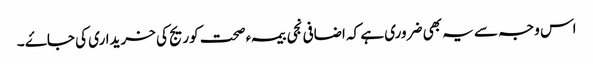
اس وجہ سے یہ بھی ضروری ہے کہ اضافی نجی بیمہء صحت کوریج کی خریداری کی جاۓ ۔